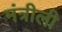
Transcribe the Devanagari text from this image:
मंत्रीली